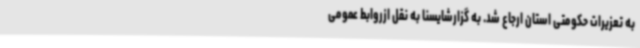
به تعزیرات حکومتی استان ارجاع شد. به گزارشایسنا به نقل ازروابط عمومی